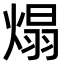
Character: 𤌙